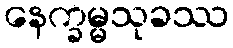
နေက္ခမ္မသုခဿ